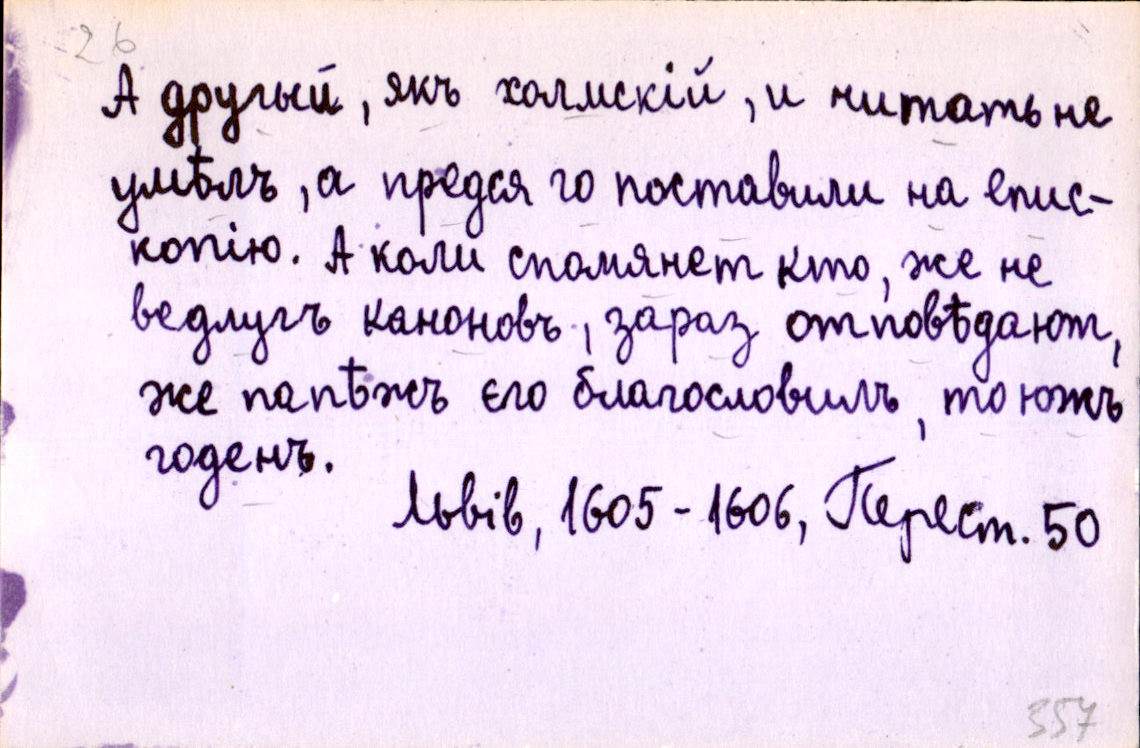
А другый, якъ холмскій, и читать не
умѣлъ, а предся го поставили на епис-
копію. А коли спомянет кто, же не
ведлугъ каноновъ, зараз отповѣдают,
же папѣжъ єго благословилъ, то южъ
годенъ.
Львів, 1605-1606, Перест. 50